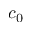
c _ { 0 }